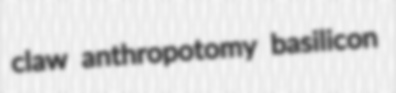
claw anthropotomy basilicon